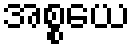
အစ္စယေ